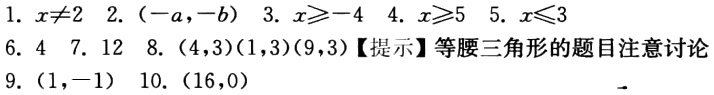
1. \(x\neq2\) 2. \((-a,-b)\) 3. \(x\geqslant - 4\) 4. \(x\geqslant5\) 5. \(x\leqslant3\)

6. \(4\) 7. \(12\) 8. \((4,3)(1,3)(9,3)\)【提示】等腰三角形的题目注意讨论

9. \((1,-1)\) 10. \((16,0)\)